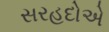
સરહદોએ